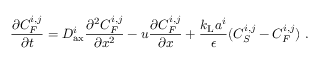
\frac { \partial C _ { F } ^ { i , j } } { \partial t } = D _ { \mathrm { a x } } ^ { i } \frac { \partial ^ { 2 } C _ { F } ^ { i , j } } { \partial x ^ { 2 } } - u \frac { \partial C _ { F } ^ { i , j } } { \partial x } + \frac { k _ { \mathrm { L } } a ^ { i } } { \epsilon } ( C _ { S } ^ { i , j } - C _ { F } ^ { i , j } ) \ .